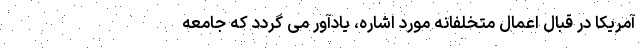
آمریکا در قبال اعمال متخلفانه مورد اشاره، یادآور می گردد که جامعه